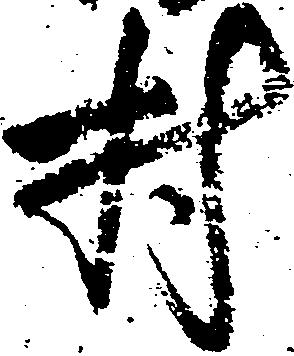
村